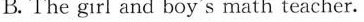
B. The girl and boy's math teacher.